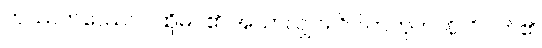
တဿတဿေဝ ၊ ထိုမဂ်၏ အသာလျှင်။ ဝိပါကဘူတာနိ၊ ဝိပါက်၏